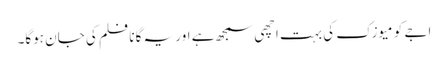
اجے کو میوزک کی بہت اچھی سمجھ ہے اور یہ گانا فلم کی جان ہوگا۔